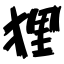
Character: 狸